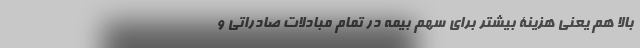
بالا هم یعنی هزینۀ بیشتر برای سهم بیمه در تمام مبادلات صادراتی و